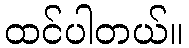
ထင်ပါတယ်။